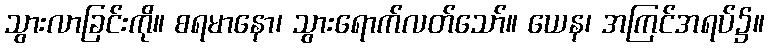
သွားလာခြင်းကို။ စရမာနော၊ သွားရောက်လတ်သော်။ ယေန၊ အကြင်အရပ်၌။